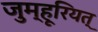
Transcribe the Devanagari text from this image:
जुम्हूरियत्